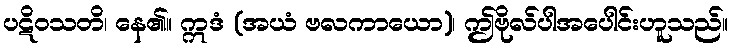
ပဋိဝသတိ၊ နေ၏။ ဣဒံ (အယံ ဗလကာယော)၊ ဤဗိုလ်ပါအပေါင်းဟူသည်။